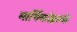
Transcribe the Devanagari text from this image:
मार्गिकांइतके